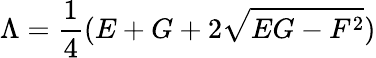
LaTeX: \Lambda=\frac{1}{4}(E+G+2\sqrt{EG-F^{2}})